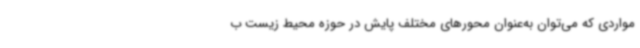
مواردی که می‌توان به‌عنوان محورهای مختلف پایش در حوزه محیط زیست ب